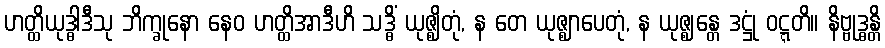
ဟတ္ထိယုဒ္ဓါဒီသု ဘိက္ခုနော နေဝ ဟတ္ထိအာဒီဟိ သဒ္ဓိံ ယုဇ္ဈိတုံ, န တေ ယုဇ္ဈာပေတုံ, န ယုဇ္ဈန္တေ ဒဋ္ဌုံ ဝဋ္ဋတိ။ နိဗ္ဗုဒ္ဓန္တိ